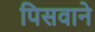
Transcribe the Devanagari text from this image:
पिसवाने